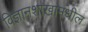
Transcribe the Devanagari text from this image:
विज्ञानशाखांमधील